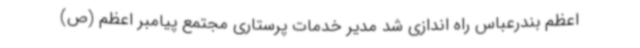
اعظم بندرعباس راه اندازی شد مدیر خدمات پرستاری مجتمع پیامبر اعظم (ص)